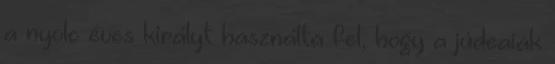
a nyolc éves királyt használta fel, hogy a júdeaiak